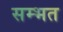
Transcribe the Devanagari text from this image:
सम्भत